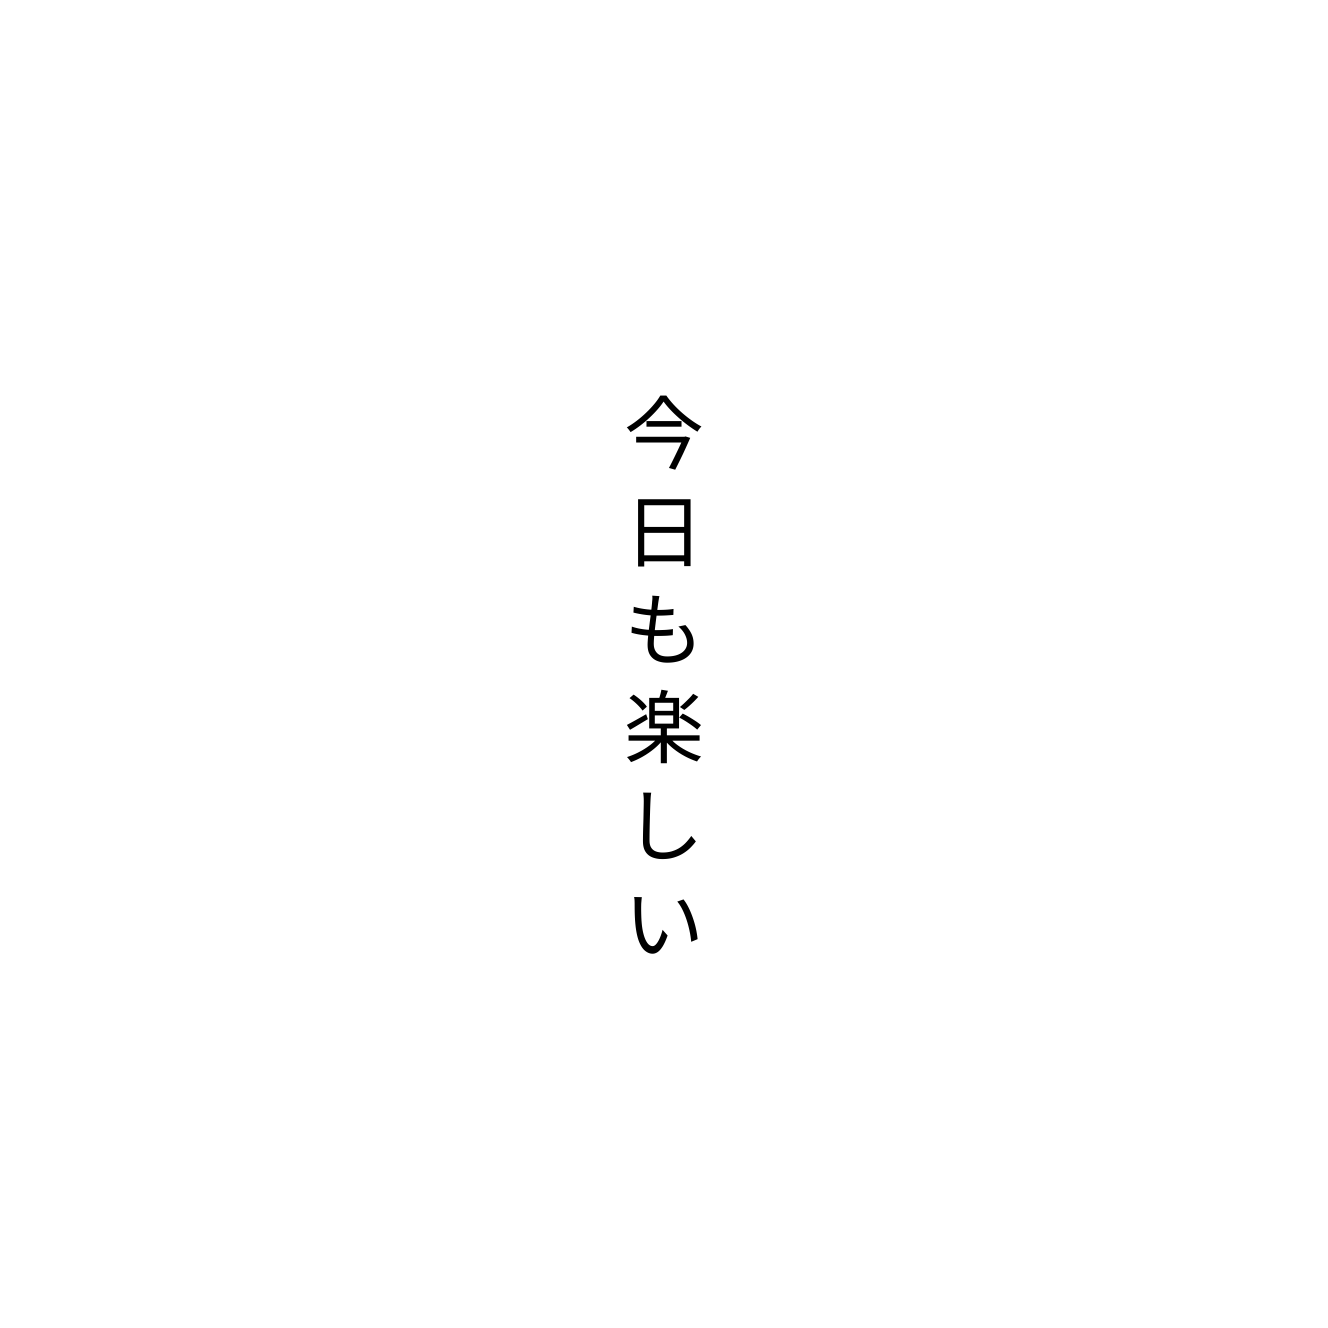
今日も楽しい